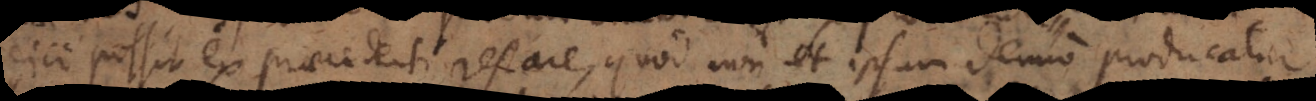
dici possit ex praecedenti restare quod non et ipsum denuo producatur.